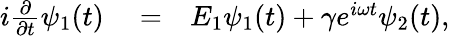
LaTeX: \begin{array}{rlr}{i\frac{\partial}{\partial t}\psi_{1}(t)}&{{}=}&{E_{1}\psi_{1}(t)+\gamma e^{i\omega t}\psi_{2}(t),}\end{array}